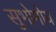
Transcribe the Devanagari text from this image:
सुभोमोय